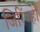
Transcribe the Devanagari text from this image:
जिरिंज्हो